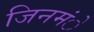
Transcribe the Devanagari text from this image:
जिनमंे